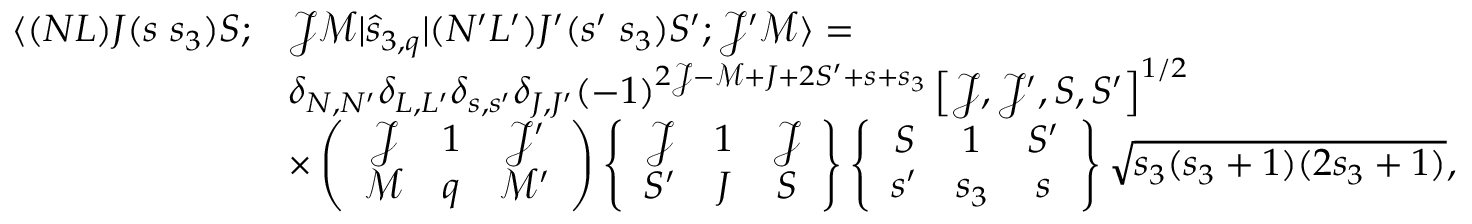
\begin{array} { r l } { \langle ( N L ) J ( s ~ s _ { 3 } ) S ; } & { \mathcal { J } \mathcal { M } | \hat { s } _ { 3 , q } | ( N ^ { \prime } L ^ { \prime } ) J ^ { \prime } ( s ^ { \prime } ~ s _ { 3 } ) S ^ { \prime } ; \mathcal { J } ^ { \prime } \mathcal { M } \rangle = } \\ & { \delta _ { N , N ^ { \prime } } \delta _ { L , L ^ { \prime } } \delta _ { s , s ^ { \prime } } \delta _ { J , J ^ { \prime } } ( - 1 ) ^ { 2 \mathcal { J } - \mathcal { M } + J + 2 S ^ { \prime } + s + s _ { 3 } } \left[ \mathcal { J } , \mathcal { J } ^ { \prime } , S , S ^ { \prime } \right] ^ { 1 / 2 } } \\ & { \times \left( \begin{array} { c c c } { \mathcal { J } } & { 1 } & { \mathcal { J } ^ { \prime } } \\ { \mathcal { M } } & { q } & { \mathcal { M } ^ { \prime } } \end{array} \right) \left\{ \begin{array} { c c c } { \mathcal { J } } & { 1 } & { \mathcal { J } } \\ { S ^ { \prime } } & { J } & { S } \end{array} \right\} \left\{ \begin{array} { c c c } { S } & { 1 } & { S ^ { \prime } } \\ { s ^ { \prime } } & { s _ { 3 } } & { s } \end{array} \right\} \sqrt { s _ { 3 } ( s _ { 3 } + 1 ) ( 2 s _ { 3 } + 1 ) } , } \end{array}